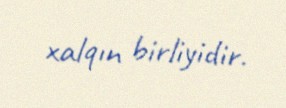
xalqın birliyidir.